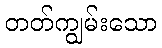
တတ်ကျွမ်းသော